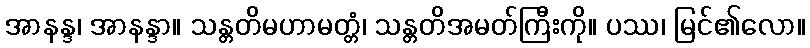
အာနန္ဒ၊ အာနန္ဒာ။ သန္တတိမဟာမတ္တံ၊ သန္တတိအမတ်ကြီးကို။ ပဿ၊ မြင်၏လော။